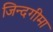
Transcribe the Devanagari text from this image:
जिन्दगीमा